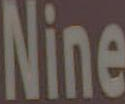
Nine